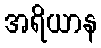
အရိယာန